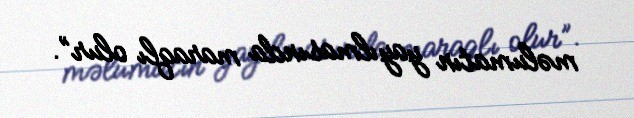
məlumatın yayılmasında maraqlı olur”.